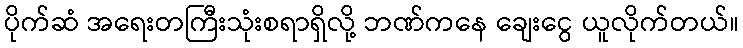
ပိုက်ဆံ အရေးတကြီးသုံးစရာရှိလို့ ဘဏ်ကနေ ချေးငွေ ယူလိုက်တယ်။